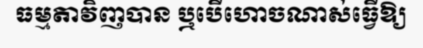
ធម្មតាវិញបាន ឬបើហោចណាស់ធ្វើឱ្យ